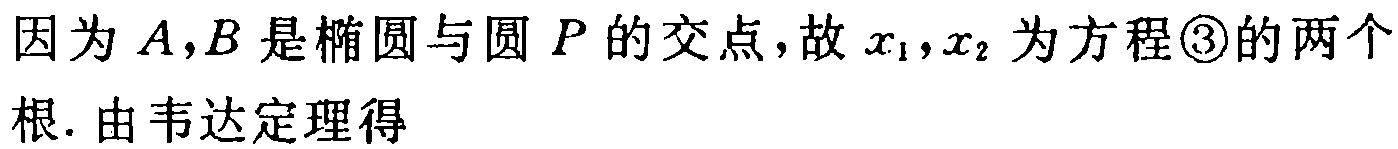
因为 \(A,B\) 是椭圆与圆 \(P\) 的交点，故 \(x_{1},x_{2}\) 为方程\textcircled{3}的两个根. 由韦达定理得